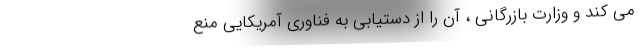
می کند و وزارت بازرگانی ، آن را از دستیابی به فناوری آمریکایی منع